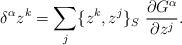
LaTeX: \begin{align*}\delta^{\alpha} z^k = \sum_j \{z^k, z^j\}_S \ \frac{\partial G^{\alpha}}{\partial z^j}.\end{align*}